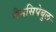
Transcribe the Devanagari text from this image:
मैनसिपेबुल